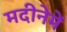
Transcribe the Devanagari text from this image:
मदीनेमें